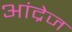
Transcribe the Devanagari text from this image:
आंद्रेज